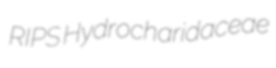
RIPS Hydrocharidaceae